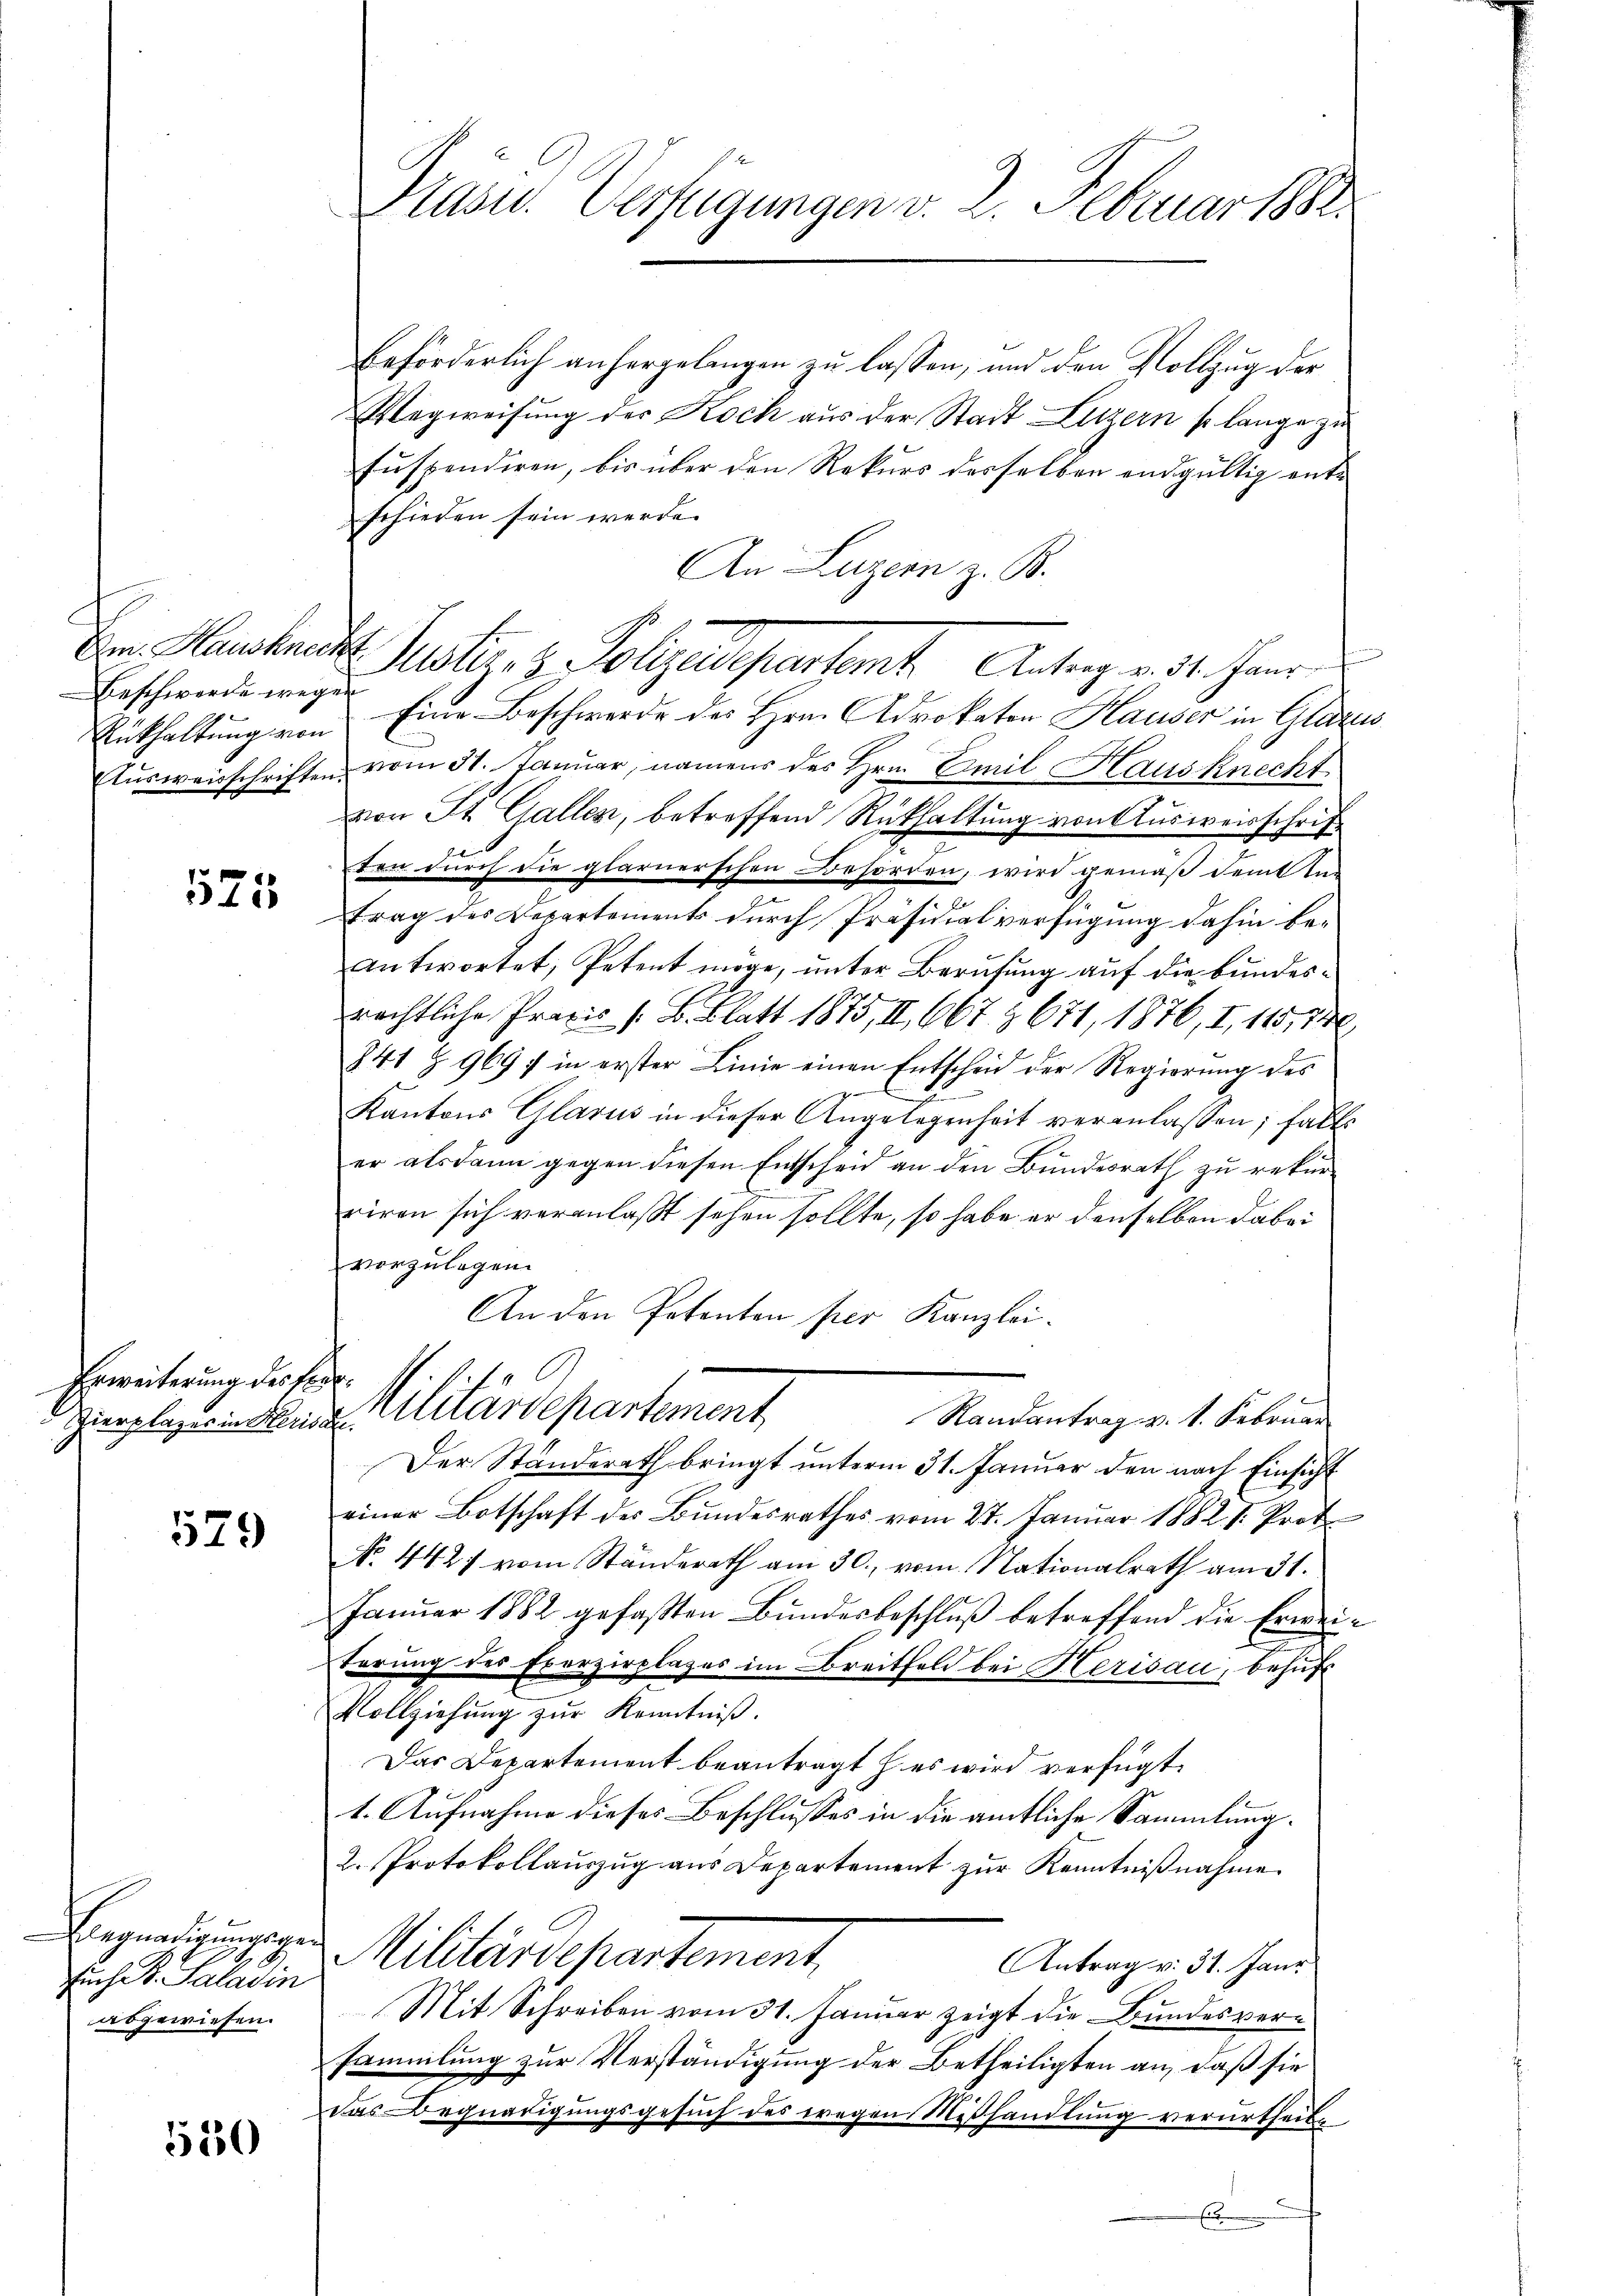
Beschwerde wegen
Rükhaltung von

575

Erweiterung des for

529

Begnadigungegen
such B. Salavin
abgewiesen.

530

Präsid. Verfügungen v. 2. Februar 188

Beförderlich anhergelangen zu lassen, und den Vollzug der
Wegweisung der Koch aus der Stadt Luzern so lange zu
suspendiren, bis über den Rekurs derselben endgültig entschieden sein werde.
An Luzern z. B.
Vom Hautres Justiz & Polizeidepartet. Antrag v. 31. Janr
Eine Beschwerde des Hrn. Advokator Hauser in Glarus
Etŭsweisschriften vom 31. Januar, namens des Hrn. Emil Hausknecht
von St. Gallen, betreffend Rückhaltung von Ausweisschrift
ton durch die glarnerschen Behörden, wird gemäß dem un
trag des Departements durch Präsidialverfügung dahin beantwortet, Petent möge, unter Berufung auf die bundesrechtliche Praxis 1. B. Blatt 1875, II., 667. & 671, 1876, I, 115,740
841 § 969 f in erster Linie einen Entscheid der Regierung des
g
Kantons Glarus in dieser Angelegenheit veranlassen; falls
er alsdann gegen diesen Entscheid an den Bundesrath zu rekurriren sich veranlaßt sehen sollte, so habe er denselben dabei
vorzulegen
An den Potenten per Kanzlei.
h
f¬
Zierplazion den Altardepartement
Randantrag v. 1. Februar
Der Standerath bringt unterm 31. Januar den nach Einsicht
einer Botschaft des Bundesrathes vom 27. Januar 1882. 1. Prof
No. 4427 vom Ständerath am 30. vom Nationalrath am 31.
Januar 1882 gefaßten Bundesbeschluß betreffend die Erweiterung des Exerzirplazes im Breitfeld bei Herisau, behuf
Vollziehung zŭr Kenntniß.
Das Departement beantragt es wird verfügt:
1. Aufnahme dieses Beschlusses in die amtliche Sammlung¬
2. Protokollauszug aus Departement zur Kenntnißnahme
Militärdepartement,
Antrag v. 31. Janr
Mit Schreiben vom 31. Januar zeigt die Bundesversammlung zur Verständigung der Betheiligten an, daß sie
2
das Begnadigungsgesuch des wegen Mißhandlung verurtheil¬